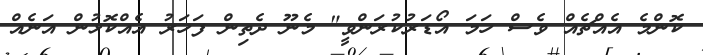
ކޮންމެ އެއްޗެއް ވެސް ހަމަ އޯޑަރުކުރަންވީ" މެނޫ ދެތިން ފަހަރު އެއްކޮޅުން އަނެއް